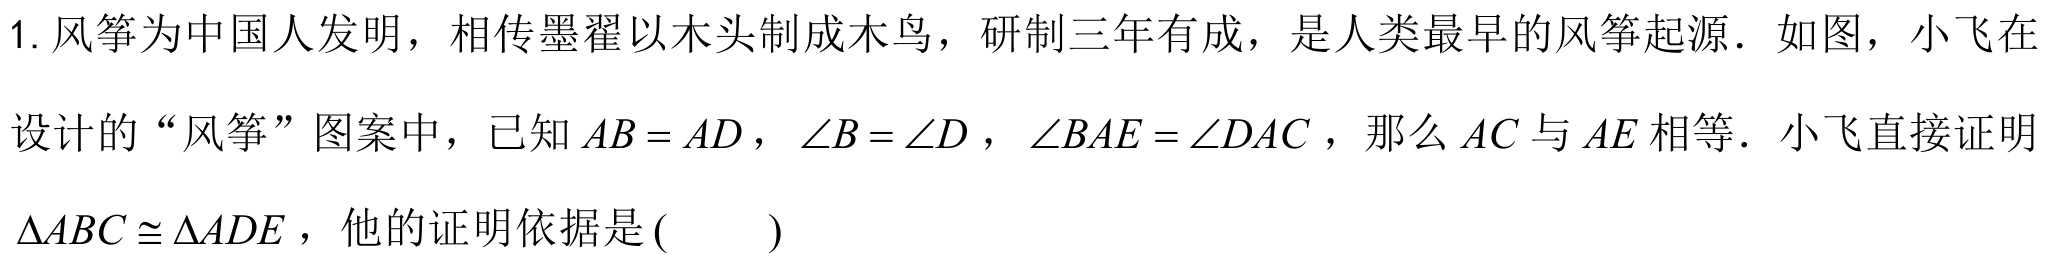
1. 风筝为中国人发明，相传墨翟以木头制成木鸟，研制三年有成，是人类最早的风筝起源．如图，小飞在
设计的“风筝”图案中，已知\(AB = AD\)，\(\angle B=\angle D\)，\(\angle BAE=\angle DAC\)，那么\(AC\)与\(AE\)相等．小飞直接证明
\(\triangle ABC\cong\triangle ADE\)，他的证明依据是\((\quad\quad)\)